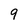
Character: 9